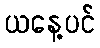
ယနေ့ပင်